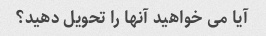
آیا می خواهید آنها را تحویل دهید؟